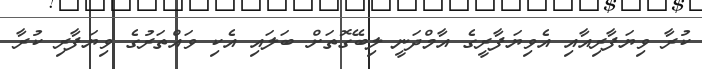
ކުރާ ވިޔަފާރިއާއި އެވިޔަފާރީގެ އާމްދަނީ ލިބޭގޮތަށް ބަލައި އެކި ވައްތަރުގެ ވިޔަފާރި ކުރާ